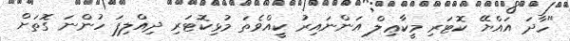
"ހާދަ އައްޔޭ ކޮޓަރި މީކާޢިލް އަންނައިރު ކީއްވެތަ މުޅިކޮޓަރި ދިއްލިފަ ހުންނަ ގޮތަށް